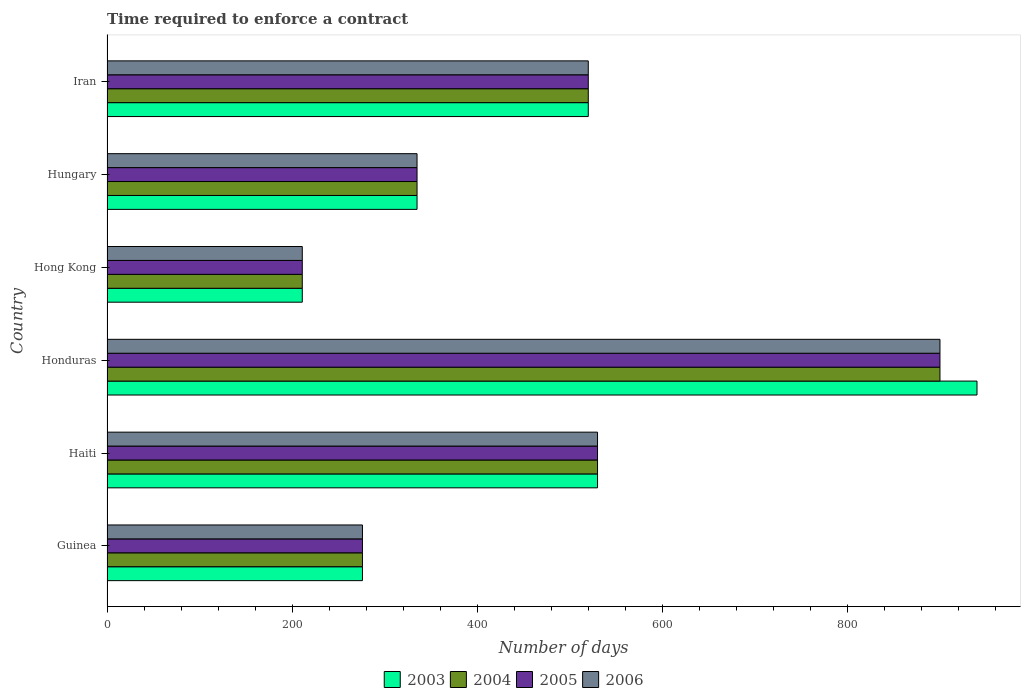
| Country | 2003 | 2004 | 2005 | 2006 |
 | --- | --- | --- | --- | --- |
 | Guinea | 276 | 276 | 276 | 276 |
 | Haiti | 530 | 530 | 530 | 530 |
 | Honduras | 940 | 900 | 900 | 900 |
 | Hong Kong | 211 | 211 | 211 | 211 |
 | Hungary | 335 | 335 | 335 | 335 |
 | Iran | 520 | 520 | 520 | 520 |